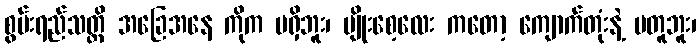
စွမ်းရည်သတ္တိ အခြေအနေ ကိုက မရှိဘူး၊ မျိုးစေ့လေး ကတော့ ကျောက်တုံးနဲ့ မတူဘူး၊